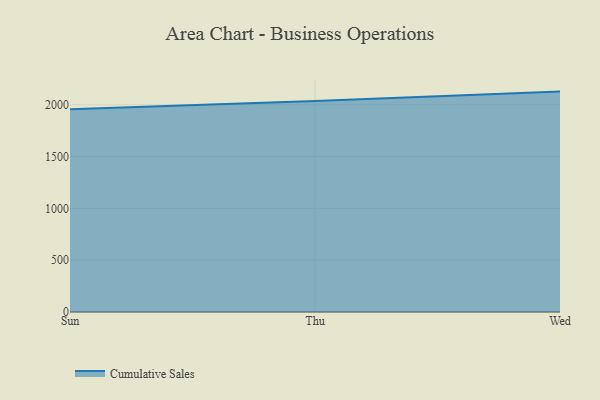
{"axis": {"x": "Day", "y": "Customer Acquisition Cost (USD)"}, "legend": ["Cumulative Sales"], "data": [{"x": "Sun", "y": 1956.7, "type": "Cumulative Sales"}, {"x": "Thu", "y": 2035.0, "type": "Cumulative Sales"}, {"x": "Wed", "y": 2126.7, "type": "Cumulative Sales"}]}